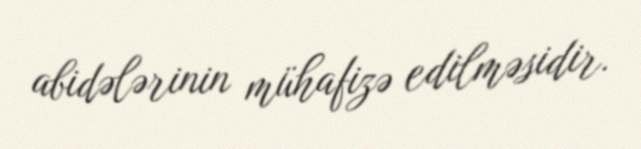
abidələrinin mühafizə edilməsidir.